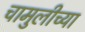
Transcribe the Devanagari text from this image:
चामुलीच्या